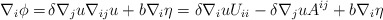
\begin{align*}\begin{aligned}\nabla_{i} \phi = \,& \delta \nabla_{j} u \nabla_{ij} u + b \nabla_{i} \eta = \delta \nabla_i u U_{ii} - \delta \nabla_{j} u A^{ij} + b \nabla_{i} \eta\end{aligned}\end{align*}